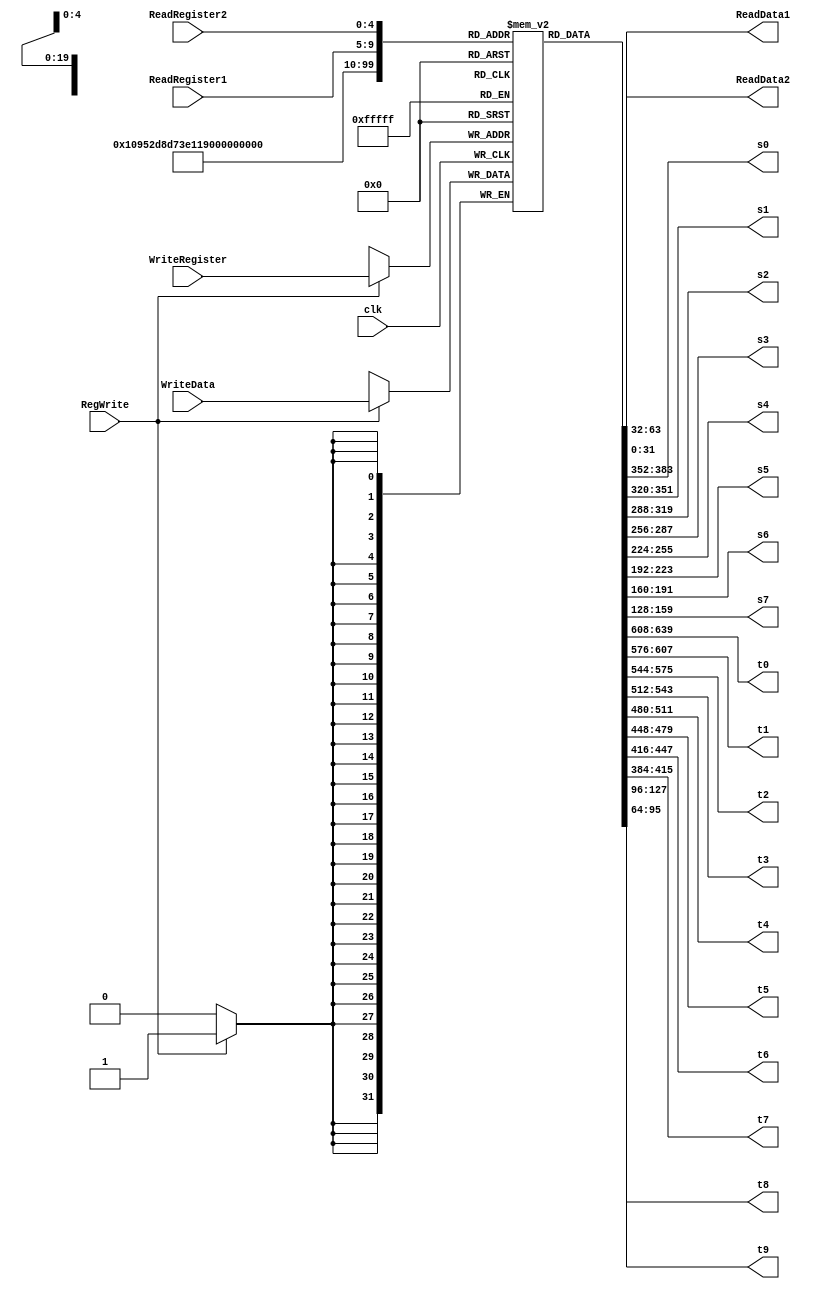
`timescale 1ns / 1ps
module registerFile(clk, ReadRegister1, ReadRegister2, WriteRegister, WriteData, RegWrite, 
    ReadData1, ReadData2, s0, s1, s2, s3, s4, s5, s6, s7, t0, t1, t2, t3, t4, t5, t6, t7, t8, t9);

    input [4:0] ReadRegister1, ReadRegister2, WriteRegister;
    input [31:0] WriteData;
    input clk, RegWrite;
    output [31:0] ReadData1, ReadData2;
    output [31:0] s0, s1, s2, s3, s4, s5, s6, s7, t0, t1, t2, t3, t4, t5, t6, t7, t8, t9;

    reg [31:0] regs[0:31];

    // Initialize all the registers to 0
    initial begin
        regs[0] = 32'b00000000000000000000000000000000;
        regs[1] = 32'b00000000000000000000000000000000;
        regs[2] = 32'b00000000000000000000000000000000;
        regs[3] = 32'b00000000000000000000000000000000;
        regs[4] = 32'b00000000000000000000000000000000;
        regs[5] = 32'b00000000000000000000000000000000;
        regs[6] = 32'b00000000000000000000000000000000;
        regs[7] = 32'b00000000000000000000000000000000;
        regs[8] = 32'b00000000000000000000000000000000;
        regs[9] = 32'b00000000000000000000000000000000;
        regs[10] = 32'b00000000000000000000000000000000;
        regs[11] = 32'b00000000000000000000000000000000;
        regs[12] = 32'b00000000000000000000000000000000;
        regs[13] = 32'b00000000000000000000000000000000;
        regs[14] = 32'b00000000000000000000000000000000;
        regs[15] = 32'b00000000000000000000000000000000;
        regs[16] = 32'b00000000000000000000000000000000;
        regs[17] = 32'b00000000000000000000000000000000;
        regs[18] = 32'b00000000000000000000000000000000;
        regs[19] = 32'b00000000000000000000000000000000;
        regs[20] = 32'b00000000000000000000000000000000;
        regs[21] = 32'b00000000000000000000000000000000;
        regs[22] = 32'b00000000000000000000000000000000;
        regs[23] = 32'b00000000000000000000000000000000;
        regs[24] = 32'b00000000000000000000000000000000;
        regs[25] = 32'b00000000000000000000000000000000;
        regs[26] = 32'b00000000000000000000000000000000;
        regs[27] = 32'b00000000000000000000000000000000;
        regs[28] = 32'b00000000000000000000000000000000;
        regs[29] = 32'b00000000000000000000000000000000;
        regs[30] = 32'b00000000000000000000000000000000;
        regs[31] = 32'b00000000000000000000000000000000;
    end

    // Get registers for t and s
    assign t0 = regs[8];
    assign t1 = regs[9];
    assign t2 = regs[10];
    assign t3 = regs[11];
    assign t4 = regs[12];
    assign t5 = regs[13];
    assign t6 = regs[14];
    assign t7 = regs[15];
    assign s0 = regs[16];
    assign s1 = regs[17];
    assign s2 = regs[18];
    assign s3 = regs[19];
    assign s4 = regs[20];
    assign s5 = regs[21];
    assign s6 = regs[22];
    assign s7 = regs[23];  
    assign t8 = regs[24];
    assign t9 = regs[25];  

    // Write data 
    always @ (negedge clk)  begin
        if(RegWrite == 1'b1)    regs[WriteRegister] <= WriteData;
    end

    // Read data (not clock triggered)
    assign ReadData1 = regs[ReadRegister1];
    assign ReadData2 = regs[ReadRegister2];

endmodule